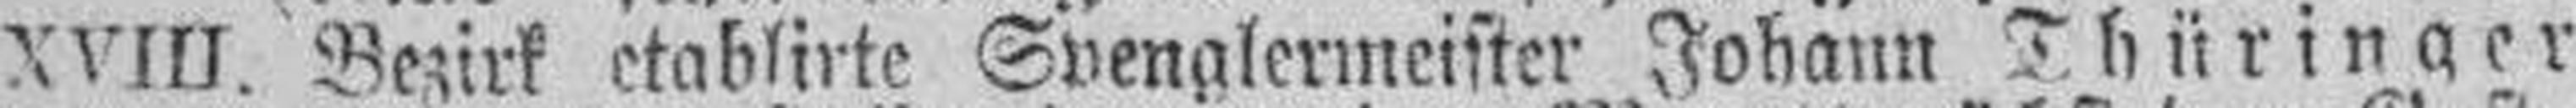
XVIII. Bezirk etablirte Svenglermeister Johann Thüringer